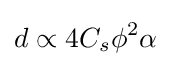
d\propto 4C_{s}\phi ^{2}\alpha